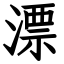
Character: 漂